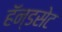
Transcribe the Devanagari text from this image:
हॅन्डसेट